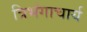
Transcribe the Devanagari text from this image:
त्रिभंगाचार्य